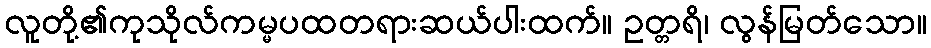
လူတို့၏ကုသိုလ်ကမ္မပထတရားဆယ်ပါးထက်။ ဥတ္တရိ၊ လွန်မြတ်သော။